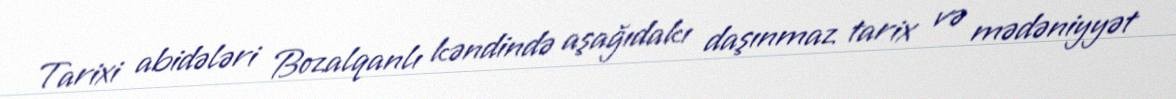
Tarixi abidələri Bozalqanlı kəndində aşağıdakı daşınmaz tarix və mədəniyyət